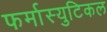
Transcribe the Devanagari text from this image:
फर्मास्युटिकल